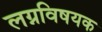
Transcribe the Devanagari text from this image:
लग्नविषयक